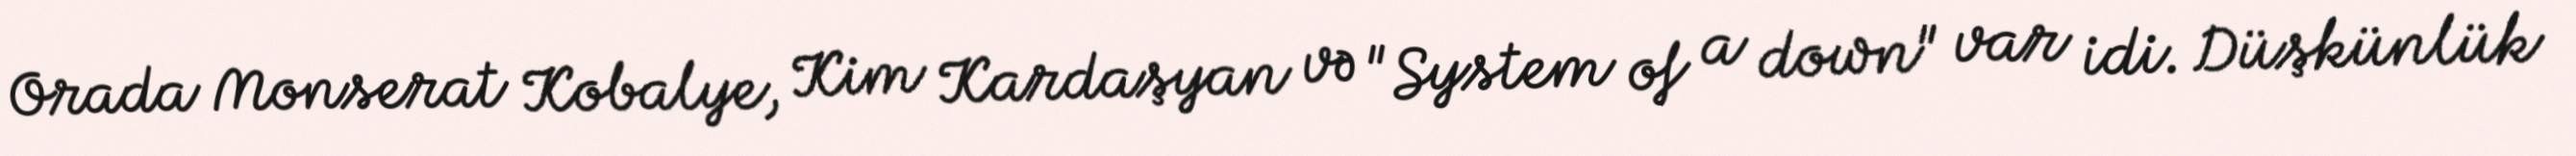
Orada Monserat Kobalye, Kim Kardaşyan və "System of a down" var idi. Düşkünlük